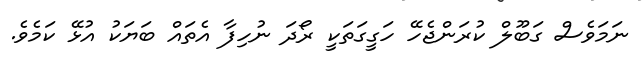
ނަމަވެސް ގަބޫލް ކުރަންޖެހޭ ހަގީގަތަކީ ރޯދަ ނުހިފާ އެތައް ބަޔަކު އުޅޭ ކަމެވެ.